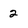
Character: 2